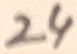
Text: 24